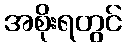
အစိုးရတွင်